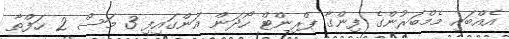
އެއްބައި މެމްބަރުންގެ ފިންގާ ޕްރިންޓް ހޯދަން އަންގައިފި 3 މަސް 2 ހަފްތާ